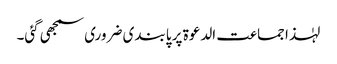
لہٰذا جماعت الدعوۃ پر پابندی ضروری سمجھی گئی۔